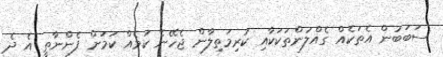
ސަބަބުން އެތަކެއް ގެއްލުންތަކަކާއި ކުރިމަތިލާން ޖެހޭނެ ކަމެއް ކަމަށް ފެންނާތީ އެ ދެ